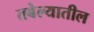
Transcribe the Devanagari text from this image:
तबेल्यातील